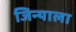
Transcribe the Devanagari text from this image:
जिन्याला